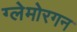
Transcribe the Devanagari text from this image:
ग्लेमोरगन